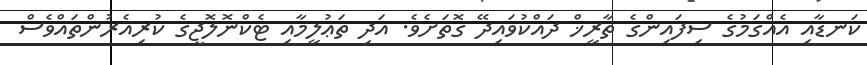
ކަނޑާއި އެއްގަމުގެ ސިފައިންގެ ތާރީޚް ދައްކުވައިދޭ ގޮތަށެވެ. އަދި ތަޢުލީމާއި ޓެކްނޮލޮޖީގެ ކުރިއެރުންތައްވެސް